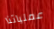
عملياتنا